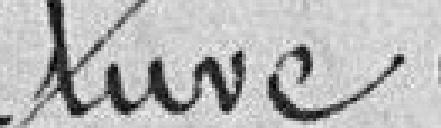
rue de l'Etuve à